65_HS1-834228961_62-HQ-83894_Section_8
Agency: FBI
Page 32
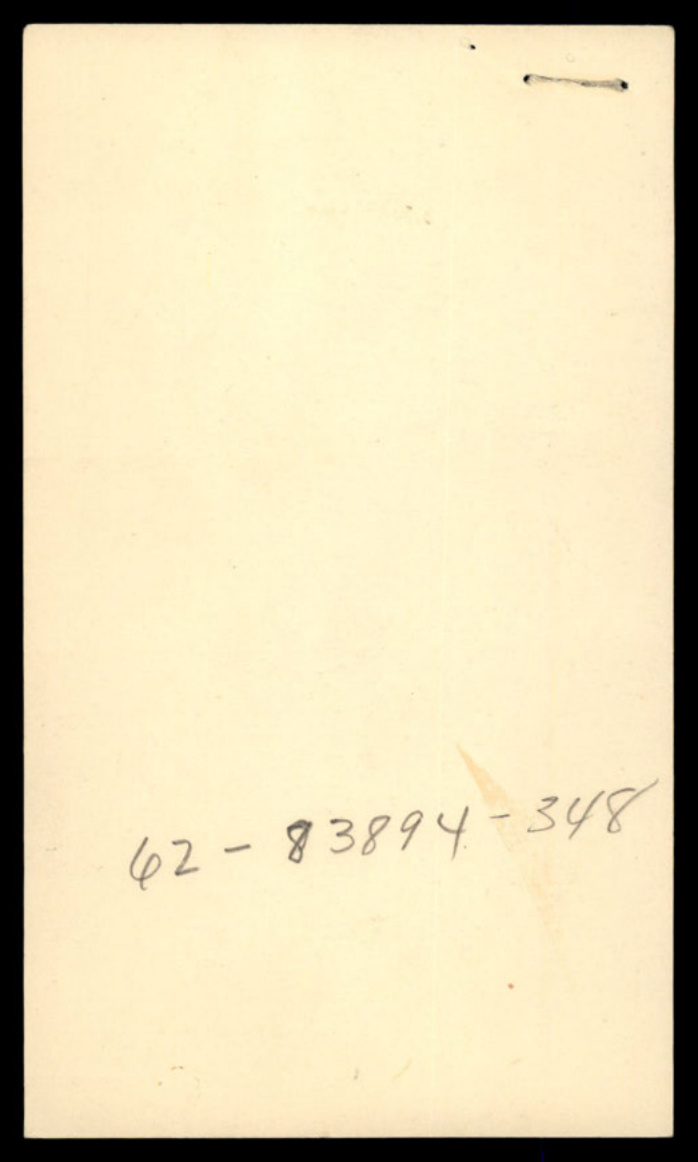